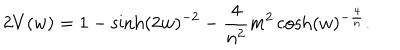
LaTeX: 2 V ( w ) = 1 - \sinh ( 2 w ) ^ { - 2 } - \frac { 4 } { n ^ { 2 } } m ^ { 2 } \cosh ( w ) ^ { - \frac { 4 } { n } } .